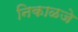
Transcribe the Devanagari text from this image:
निकाळजे